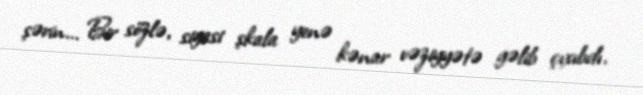
şərin... Bir sözlə, siyasi şkala yenə kənar vəziyyətə gəlib çıxıbdı.